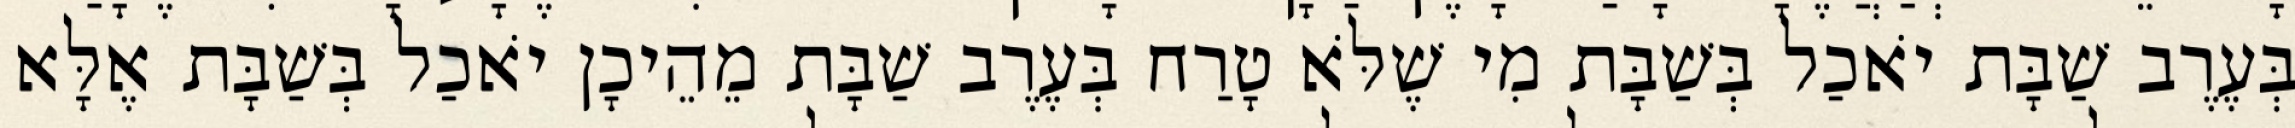
בְּעֶרֶב שַׁבָּת יֹאכַל בְּשַׁבָּת מִי שֶׁלֹּא טָרַח בְּעֶרֶב שַׁבָּת מֵהֵיכָן יֹאכַל בְּשַׁבָּת אֶלָּא